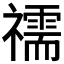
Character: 𥜗